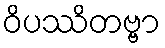
ဝိပဿိတဗ္ဗာ